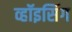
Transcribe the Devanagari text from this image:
व्हॉइसिंग